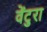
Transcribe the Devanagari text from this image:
वेंटुरा